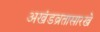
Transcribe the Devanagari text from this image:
अखंडव्रतासारखे